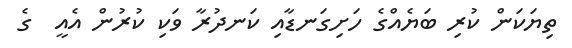
ތިޔަކަން ކުރި ބަޔެއްގެ ހަށިގަނޑާއި ކަނދުރާ ވަކި ކުރުން އެއީ  ގެ